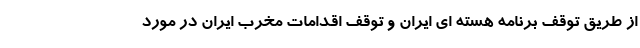
از طریق توقف برنامه هسته ای ایران و توقف اقدامات مخرب ایران در مورد